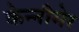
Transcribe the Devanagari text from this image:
केन्नीमेर